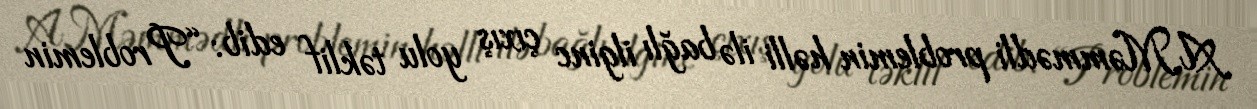
A.Məmmədli problemin həlli ilə bağlı ilginc çıxış yolu təklif edib: “Problemin